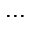
. . .